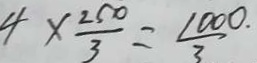
4 \times \frac { 2 5 0 } { 3 } = \frac { 1 0 0 0 \cdot } { 3 }